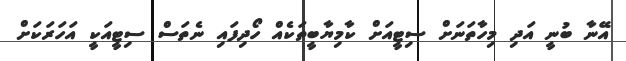
އޭނާ ބުނީ އަދި މިހާތަނަށް ސިޓީއަށް ކާމިޔާބީތަކެއް ހޯދިފައި ނެތަސް ސިޓީއަކީ އަހަރަކަށް